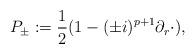
LaTeX: \begin{align*} P_\pm:=\frac 12(1-(\pm i)^{p+1}\partial_r\cdot), \end{align*}